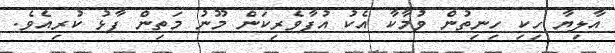
އާލިޔާ ހިކި ހިނިތުން ވުމާކާ އެކު އުފާވެރިކަން މޫނު މަތިން ފާޅު ކުރިއެވެ.